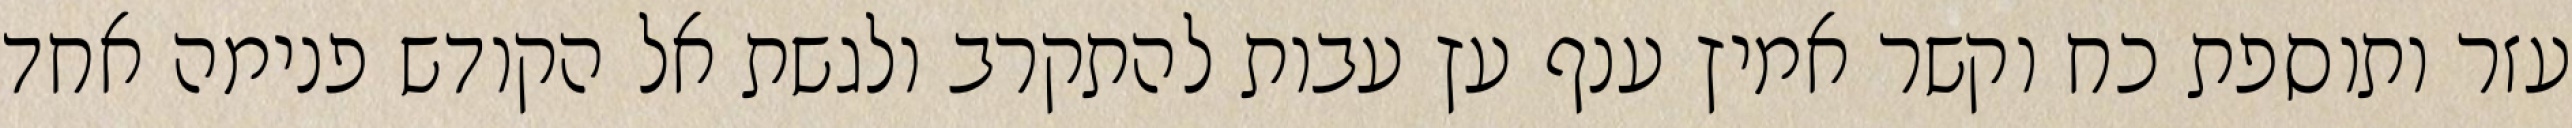
עזר ותוספת כח וקשר אמיץ ענף עץ עבות להתקרב ולגשת אל הקודש פנימה אחד